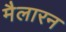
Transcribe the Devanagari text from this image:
मैलारन